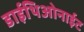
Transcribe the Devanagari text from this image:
डाईथिओनाईट